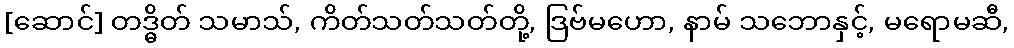
[ဆောင်] တဒ္ဓိတ် သမာသ်, ကိတ်သတ်သတ်တို့, ဒြဗ်မဟော, နာမ် သဘောနှင့်, မရောမဆီ,